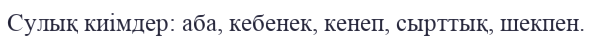
Сулық киімдер: аба, кебенек, кенеп, сырттық, шекпен.